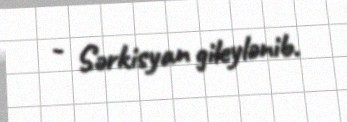
- Sərkisyan gileylənib.